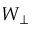
W _ { \perp }